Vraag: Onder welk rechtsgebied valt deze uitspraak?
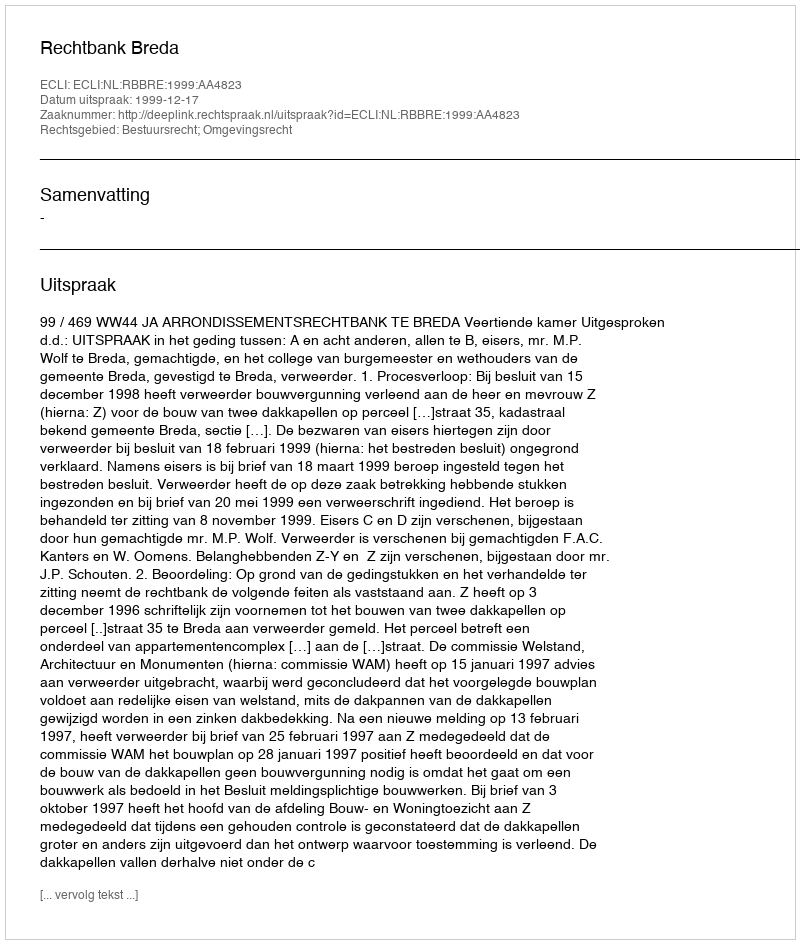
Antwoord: Bestuursrecht; Omgevingsrecht